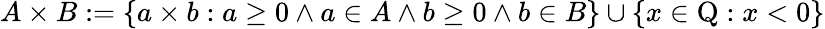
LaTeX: A\times B:=\{ a\times b:a\geq 0\land a\in A\land b\geq 0\land b\in B\} \cup\{ x\in\mathrm{Q}:x<0\}